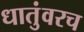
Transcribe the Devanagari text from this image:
धातुंवरच